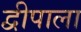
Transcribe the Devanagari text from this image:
द्वीपाला